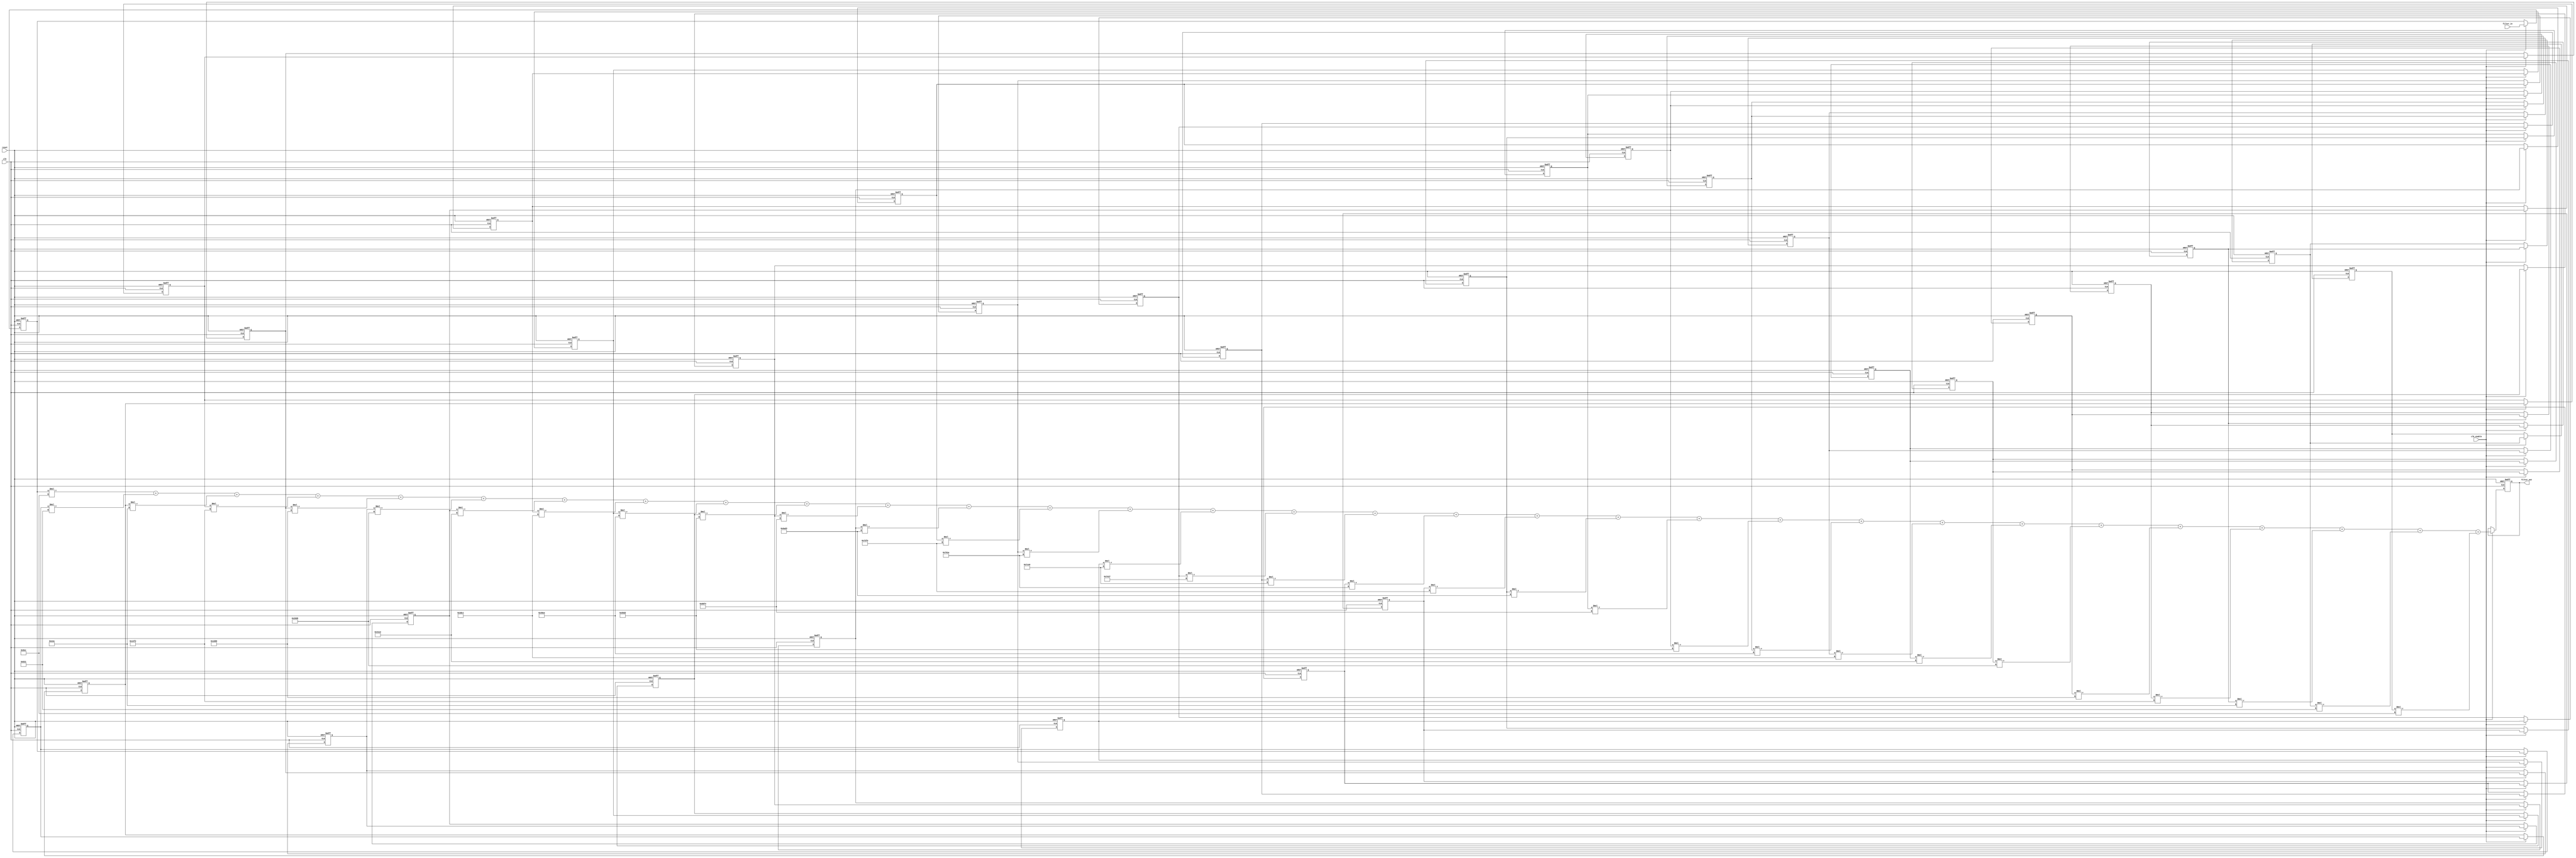
// -------------------------------------------------------------
//
// Module: filter_3k4
// Generated by MATLAB(R) 9.7 and Filter Design HDL Coder 3.1.6.
// Generated on: 2021-11-14 23:47:53
// -------------------------------------------------------------

// -------------------------------------------------------------
// HDL Code Generation Options:
//
// TargetDirectory: E:\AM_PROJECT\gw2ademod\gw2aDEMOD\filter
// Name: filter_3k4
// TargetLanguage: Verilog
// TestBenchStimulus: impulse step ramp chirp noise 
// GenerateHDLTestBench: off

// -------------------------------------------------------------
// HDL Implementation    : Fully parallel
// Folding Factor        : 1
// -------------------------------------------------------------
// Filter Settings:
//
// Discrete-Time FIR Filter (real)
// -------------------------------
// Filter Structure  : Direct-Form FIR
// Filter Length     : 31
// Stable            : Yes
// Linear Phase      : Yes (Type 1)
// Arithmetic        : fixed
// Numerator         : s16,19 -> [-6.250000e-02 6.250000e-02)
// Input             : s12,11 -> [-1 1)
// Filter Internals  : Full Precision
//   Output          : s32,30 -> [-2 2)  (auto determined)
//   Product         : s27,30 -> [-6.250000e-02 6.250000e-02)  (auto determined)
//   Accumulator     : s32,30 -> [-2 2)  (auto determined)
//   Round Mode      : No rounding
//   Overflow Mode   : No overflow
// -------------------------------------------------------------




`timescale 1 ns / 1 ns

module filter_3k4
               (
                clk,
                clk_enable,
                reset,
                filter_in,
                filter_out
                );

  input   clk; 
  input   clk_enable; 
  input   reset; 
  input   signed [11:0] filter_in; //sfix12_En11
  output  signed [31:0] filter_out; //sfix32_En30

////////////////////////////////////////////////////////////////
//Module Architecture: filter_3k4
////////////////////////////////////////////////////////////////
  // Local Functions
  // Type Definitions
  // Constants
  parameter signed [15:0] coeff1 = 16'b0000100111101100; //sfix16_En19
  parameter signed [15:0] coeff2 = 16'b0000101100110001; //sfix16_En19
  parameter signed [15:0] coeff3 = 16'b0000111011101010; //sfix16_En19
  parameter signed [15:0] coeff4 = 16'b0001010011110010; //sfix16_En19
  parameter signed [15:0] coeff5 = 16'b0001110100000110; //sfix16_En19
  parameter signed [15:0] coeff6 = 16'b0010011011010000; //sfix16_En19
  parameter signed [15:0] coeff7 = 16'b0011000111100010; //sfix16_En19
  parameter signed [15:0] coeff8 = 16'b0011110111000001; //sfix16_En19
  parameter signed [15:0] coeff9 = 16'b0100100111101010; //sfix16_En19
  parameter signed [15:0] coeff10 = 16'b0101010111010010; //sfix16_En19
  parameter signed [15:0] coeff11 = 16'b0110000011110100; //sfix16_En19
  parameter signed [15:0] coeff12 = 16'b0110101011010011; //sfix16_En19
  parameter signed [15:0] coeff13 = 16'b0111001011111110; //sfix16_En19
  parameter signed [15:0] coeff14 = 16'b0111100100011010; //sfix16_En19
  parameter signed [15:0] coeff15 = 16'b0111110011100000; //sfix16_En19
  parameter signed [15:0] coeff16 = 16'b0111111000100111; //sfix16_En19
  parameter signed [15:0] coeff17 = 16'b0111110011100000; //sfix16_En19
  parameter signed [15:0] coeff18 = 16'b0111100100011010; //sfix16_En19
  parameter signed [15:0] coeff19 = 16'b0111001011111110; //sfix16_En19
  parameter signed [15:0] coeff20 = 16'b0110101011010011; //sfix16_En19
  parameter signed [15:0] coeff21 = 16'b0110000011110100; //sfix16_En19
  parameter signed [15:0] coeff22 = 16'b0101010111010010; //sfix16_En19
  parameter signed [15:0] coeff23 = 16'b0100100111101010; //sfix16_En19
  parameter signed [15:0] coeff24 = 16'b0011110111000001; //sfix16_En19
  parameter signed [15:0] coeff25 = 16'b0011000111100010; //sfix16_En19
  parameter signed [15:0] coeff26 = 16'b0010011011010000; //sfix16_En19
  parameter signed [15:0] coeff27 = 16'b0001110100000110; //sfix16_En19
  parameter signed [15:0] coeff28 = 16'b0001010011110010; //sfix16_En19
  parameter signed [15:0] coeff29 = 16'b0000111011101010; //sfix16_En19
  parameter signed [15:0] coeff30 = 16'b0000101100110001; //sfix16_En19
  parameter signed [15:0] coeff31 = 16'b0000100111101100; //sfix16_En19

  // Signals
  reg  signed [11:0] delay_pipeline [0:30] ; // sfix12_En11
  wire signed [26:0] product31; // sfix27_En30
  wire signed [27:0] mul_temp; // sfix28_En30
  wire signed [26:0] product30; // sfix27_En30
  wire signed [27:0] mul_temp_1; // sfix28_En30
  wire signed [26:0] product29; // sfix27_En30
  wire signed [27:0] mul_temp_2; // sfix28_En30
  wire signed [26:0] product28; // sfix27_En30
  wire signed [27:0] mul_temp_3; // sfix28_En30
  wire signed [26:0] product27; // sfix27_En30
  wire signed [27:0] mul_temp_4; // sfix28_En30
  wire signed [26:0] product26; // sfix27_En30
  wire signed [27:0] mul_temp_5; // sfix28_En30
  wire signed [26:0] product25; // sfix27_En30
  wire signed [27:0] mul_temp_6; // sfix28_En30
  wire signed [26:0] product24; // sfix27_En30
  wire signed [27:0] mul_temp_7; // sfix28_En30
  wire signed [26:0] product23; // sfix27_En30
  wire signed [27:0] mul_temp_8; // sfix28_En30
  wire signed [26:0] product22; // sfix27_En30
  wire signed [27:0] mul_temp_9; // sfix28_En30
  wire signed [26:0] product21; // sfix27_En30
  wire signed [27:0] mul_temp_10; // sfix28_En30
  wire signed [26:0] product20; // sfix27_En30
  wire signed [27:0] mul_temp_11; // sfix28_En30
  wire signed [26:0] product19; // sfix27_En30
  wire signed [27:0] mul_temp_12; // sfix28_En30
  wire signed [26:0] product18; // sfix27_En30
  wire signed [27:0] mul_temp_13; // sfix28_En30
  wire signed [26:0] product17; // sfix27_En30
  wire signed [27:0] mul_temp_14; // sfix28_En30
  wire signed [26:0] product16; // sfix27_En30
  wire signed [27:0] mul_temp_15; // sfix28_En30
  wire signed [26:0] product15; // sfix27_En30
  wire signed [27:0] mul_temp_16; // sfix28_En30
  wire signed [26:0] product14; // sfix27_En30
  wire signed [27:0] mul_temp_17; // sfix28_En30
  wire signed [26:0] product13; // sfix27_En30
  wire signed [27:0] mul_temp_18; // sfix28_En30
  wire signed [26:0] product12; // sfix27_En30
  wire signed [27:0] mul_temp_19; // sfix28_En30
  wire signed [26:0] product11; // sfix27_En30
  wire signed [27:0] mul_temp_20; // sfix28_En30
  wire signed [26:0] product10; // sfix27_En30
  wire signed [27:0] mul_temp_21; // sfix28_En30
  wire signed [26:0] product9; // sfix27_En30
  wire signed [27:0] mul_temp_22; // sfix28_En30
  wire signed [26:0] product8; // sfix27_En30
  wire signed [27:0] mul_temp_23; // sfix28_En30
  wire signed [26:0] product7; // sfix27_En30
  wire signed [27:0] mul_temp_24; // sfix28_En30
  wire signed [26:0] product6; // sfix27_En30
  wire signed [27:0] mul_temp_25; // sfix28_En30
  wire signed [26:0] product5; // sfix27_En30
  wire signed [27:0] mul_temp_26; // sfix28_En30
  wire signed [26:0] product4; // sfix27_En30
  wire signed [27:0] mul_temp_27; // sfix28_En30
  wire signed [26:0] product3; // sfix27_En30
  wire signed [27:0] mul_temp_28; // sfix28_En30
  wire signed [26:0] product2; // sfix27_En30
  wire signed [27:0] mul_temp_29; // sfix28_En30
  wire signed [31:0] product1_cast; // sfix32_En30
  wire signed [26:0] product1; // sfix27_En30
  wire signed [27:0] mul_temp_30; // sfix28_En30
  wire signed [31:0] sum1; // sfix32_En30
  wire signed [31:0] add_signext; // sfix32_En30
  wire signed [31:0] add_signext_1; // sfix32_En30
  wire signed [32:0] add_temp; // sfix33_En30
  wire signed [31:0] sum2; // sfix32_En30
  wire signed [31:0] add_signext_2; // sfix32_En30
  wire signed [31:0] add_signext_3; // sfix32_En30
  wire signed [32:0] add_temp_1; // sfix33_En30
  wire signed [31:0] sum3; // sfix32_En30
  wire signed [31:0] add_signext_4; // sfix32_En30
  wire signed [31:0] add_signext_5; // sfix32_En30
  wire signed [32:0] add_temp_2; // sfix33_En30
  wire signed [31:0] sum4; // sfix32_En30
  wire signed [31:0] add_signext_6; // sfix32_En30
  wire signed [31:0] add_signext_7; // sfix32_En30
  wire signed [32:0] add_temp_3; // sfix33_En30
  wire signed [31:0] sum5; // sfix32_En30
  wire signed [31:0] add_signext_8; // sfix32_En30
  wire signed [31:0] add_signext_9; // sfix32_En30
  wire signed [32:0] add_temp_4; // sfix33_En30
  wire signed [31:0] sum6; // sfix32_En30
  wire signed [31:0] add_signext_10; // sfix32_En30
  wire signed [31:0] add_signext_11; // sfix32_En30
  wire signed [32:0] add_temp_5; // sfix33_En30
  wire signed [31:0] sum7; // sfix32_En30
  wire signed [31:0] add_signext_12; // sfix32_En30
  wire signed [31:0] add_signext_13; // sfix32_En30
  wire signed [32:0] add_temp_6; // sfix33_En30
  wire signed [31:0] sum8; // sfix32_En30
  wire signed [31:0] add_signext_14; // sfix32_En30
  wire signed [31:0] add_signext_15; // sfix32_En30
  wire signed [32:0] add_temp_7; // sfix33_En30
  wire signed [31:0] sum9; // sfix32_En30
  wire signed [31:0] add_signext_16; // sfix32_En30
  wire signed [31:0] add_signext_17; // sfix32_En30
  wire signed [32:0] add_temp_8; // sfix33_En30
  wire signed [31:0] sum10; // sfix32_En30
  wire signed [31:0] add_signext_18; // sfix32_En30
  wire signed [31:0] add_signext_19; // sfix32_En30
  wire signed [32:0] add_temp_9; // sfix33_En30
  wire signed [31:0] sum11; // sfix32_En30
  wire signed [31:0] add_signext_20; // sfix32_En30
  wire signed [31:0] add_signext_21; // sfix32_En30
  wire signed [32:0] add_temp_10; // sfix33_En30
  wire signed [31:0] sum12; // sfix32_En30
  wire signed [31:0] add_signext_22; // sfix32_En30
  wire signed [31:0] add_signext_23; // sfix32_En30
  wire signed [32:0] add_temp_11; // sfix33_En30
  wire signed [31:0] sum13; // sfix32_En30
  wire signed [31:0] add_signext_24; // sfix32_En30
  wire signed [31:0] add_signext_25; // sfix32_En30
  wire signed [32:0] add_temp_12; // sfix33_En30
  wire signed [31:0] sum14; // sfix32_En30
  wire signed [31:0] add_signext_26; // sfix32_En30
  wire signed [31:0] add_signext_27; // sfix32_En30
  wire signed [32:0] add_temp_13; // sfix33_En30
  wire signed [31:0] sum15; // sfix32_En30
  wire signed [31:0] add_signext_28; // sfix32_En30
  wire signed [31:0] add_signext_29; // sfix32_En30
  wire signed [32:0] add_temp_14; // sfix33_En30
  wire signed [31:0] sum16; // sfix32_En30
  wire signed [31:0] add_signext_30; // sfix32_En30
  wire signed [31:0] add_signext_31; // sfix32_En30
  wire signed [32:0] add_temp_15; // sfix33_En30
  wire signed [31:0] sum17; // sfix32_En30
  wire signed [31:0] add_signext_32; // sfix32_En30
  wire signed [31:0] add_signext_33; // sfix32_En30
  wire signed [32:0] add_temp_16; // sfix33_En30
  wire signed [31:0] sum18; // sfix32_En30
  wire signed [31:0] add_signext_34; // sfix32_En30
  wire signed [31:0] add_signext_35; // sfix32_En30
  wire signed [32:0] add_temp_17; // sfix33_En30
  wire signed [31:0] sum19; // sfix32_En30
  wire signed [31:0] add_signext_36; // sfix32_En30
  wire signed [31:0] add_signext_37; // sfix32_En30
  wire signed [32:0] add_temp_18; // sfix33_En30
  wire signed [31:0] sum20; // sfix32_En30
  wire signed [31:0] add_signext_38; // sfix32_En30
  wire signed [31:0] add_signext_39; // sfix32_En30
  wire signed [32:0] add_temp_19; // sfix33_En30
  wire signed [31:0] sum21; // sfix32_En30
  wire signed [31:0] add_signext_40; // sfix32_En30
  wire signed [31:0] add_signext_41; // sfix32_En30
  wire signed [32:0] add_temp_20; // sfix33_En30
  wire signed [31:0] sum22; // sfix32_En30
  wire signed [31:0] add_signext_42; // sfix32_En30
  wire signed [31:0] add_signext_43; // sfix32_En30
  wire signed [32:0] add_temp_21; // sfix33_En30
  wire signed [31:0] sum23; // sfix32_En30
  wire signed [31:0] add_signext_44; // sfix32_En30
  wire signed [31:0] add_signext_45; // sfix32_En30
  wire signed [32:0] add_temp_22; // sfix33_En30
  wire signed [31:0] sum24; // sfix32_En30
  wire signed [31:0] add_signext_46; // sfix32_En30
  wire signed [31:0] add_signext_47; // sfix32_En30
  wire signed [32:0] add_temp_23; // sfix33_En30
  wire signed [31:0] sum25; // sfix32_En30
  wire signed [31:0] add_signext_48; // sfix32_En30
  wire signed [31:0] add_signext_49; // sfix32_En30
  wire signed [32:0] add_temp_24; // sfix33_En30
  wire signed [31:0] sum26; // sfix32_En30
  wire signed [31:0] add_signext_50; // sfix32_En30
  wire signed [31:0] add_signext_51; // sfix32_En30
  wire signed [32:0] add_temp_25; // sfix33_En30
  wire signed [31:0] sum27; // sfix32_En30
  wire signed [31:0] add_signext_52; // sfix32_En30
  wire signed [31:0] add_signext_53; // sfix32_En30
  wire signed [32:0] add_temp_26; // sfix33_En30
  wire signed [31:0] sum28; // sfix32_En30
  wire signed [31:0] add_signext_54; // sfix32_En30
  wire signed [31:0] add_signext_55; // sfix32_En30
  wire signed [32:0] add_temp_27; // sfix33_En30
  wire signed [31:0] sum29; // sfix32_En30
  wire signed [31:0] add_signext_56; // sfix32_En30
  wire signed [31:0] add_signext_57; // sfix32_En30
  wire signed [32:0] add_temp_28; // sfix33_En30
  wire signed [31:0] sum30; // sfix32_En30
  wire signed [31:0] add_signext_58; // sfix32_En30
  wire signed [31:0] add_signext_59; // sfix32_En30
  wire signed [32:0] add_temp_29; // sfix33_En30
  reg  signed [31:0] output_register; // sfix32_En30

  // Block Statements
  always @( posedge clk or posedge reset)
    begin: Delay_Pipeline_process
      if (reset == 1'b1) begin
        delay_pipeline[0] <= 0;
        delay_pipeline[1] <= 0;
        delay_pipeline[2] <= 0;
        delay_pipeline[3] <= 0;
        delay_pipeline[4] <= 0;
        delay_pipeline[5] <= 0;
        delay_pipeline[6] <= 0;
        delay_pipeline[7] <= 0;
        delay_pipeline[8] <= 0;
        delay_pipeline[9] <= 0;
        delay_pipeline[10] <= 0;
        delay_pipeline[11] <= 0;
        delay_pipeline[12] <= 0;
        delay_pipeline[13] <= 0;
        delay_pipeline[14] <= 0;
        delay_pipeline[15] <= 0;
        delay_pipeline[16] <= 0;
        delay_pipeline[17] <= 0;
        delay_pipeline[18] <= 0;
        delay_pipeline[19] <= 0;
        delay_pipeline[20] <= 0;
        delay_pipeline[21] <= 0;
        delay_pipeline[22] <= 0;
        delay_pipeline[23] <= 0;
        delay_pipeline[24] <= 0;
        delay_pipeline[25] <= 0;
        delay_pipeline[26] <= 0;
        delay_pipeline[27] <= 0;
        delay_pipeline[28] <= 0;
        delay_pipeline[29] <= 0;
        delay_pipeline[30] <= 0;
      end
      else begin
        if (clk_enable == 1'b1) begin
          delay_pipeline[0] <= filter_in;
          delay_pipeline[1] <= delay_pipeline[0];
          delay_pipeline[2] <= delay_pipeline[1];
          delay_pipeline[3] <= delay_pipeline[2];
          delay_pipeline[4] <= delay_pipeline[3];
          delay_pipeline[5] <= delay_pipeline[4];
          delay_pipeline[6] <= delay_pipeline[5];
          delay_pipeline[7] <= delay_pipeline[6];
          delay_pipeline[8] <= delay_pipeline[7];
          delay_pipeline[9] <= delay_pipeline[8];
          delay_pipeline[10] <= delay_pipeline[9];
          delay_pipeline[11] <= delay_pipeline[10];
          delay_pipeline[12] <= delay_pipeline[11];
          delay_pipeline[13] <= delay_pipeline[12];
          delay_pipeline[14] <= delay_pipeline[13];
          delay_pipeline[15] <= delay_pipeline[14];
          delay_pipeline[16] <= delay_pipeline[15];
          delay_pipeline[17] <= delay_pipeline[16];
          delay_pipeline[18] <= delay_pipeline[17];
          delay_pipeline[19] <= delay_pipeline[18];
          delay_pipeline[20] <= delay_pipeline[19];
          delay_pipeline[21] <= delay_pipeline[20];
          delay_pipeline[22] <= delay_pipeline[21];
          delay_pipeline[23] <= delay_pipeline[22];
          delay_pipeline[24] <= delay_pipeline[23];
          delay_pipeline[25] <= delay_pipeline[24];
          delay_pipeline[26] <= delay_pipeline[25];
          delay_pipeline[27] <= delay_pipeline[26];
          delay_pipeline[28] <= delay_pipeline[27];
          delay_pipeline[29] <= delay_pipeline[28];
          delay_pipeline[30] <= delay_pipeline[29];
        end
      end
    end // Delay_Pipeline_process


  assign mul_temp = delay_pipeline[30] * coeff31;
  assign product31 = mul_temp[26:0];

  assign mul_temp_1 = delay_pipeline[29] * coeff30;
  assign product30 = mul_temp_1[26:0];

  assign mul_temp_2 = delay_pipeline[28] * coeff29;
  assign product29 = mul_temp_2[26:0];

  assign mul_temp_3 = delay_pipeline[27] * coeff28;
  assign product28 = mul_temp_3[26:0];

  assign mul_temp_4 = delay_pipeline[26] * coeff27;
  assign product27 = mul_temp_4[26:0];

  assign mul_temp_5 = delay_pipeline[25] * coeff26;
  assign product26 = mul_temp_5[26:0];

  assign mul_temp_6 = delay_pipeline[24] * coeff25;
  assign product25 = mul_temp_6[26:0];

  assign mul_temp_7 = delay_pipeline[23] * coeff24;
  assign product24 = mul_temp_7[26:0];

  assign mul_temp_8 = delay_pipeline[22] * coeff23;
  assign product23 = mul_temp_8[26:0];

  assign mul_temp_9 = delay_pipeline[21] * coeff22;
  assign product22 = mul_temp_9[26:0];

  assign mul_temp_10 = delay_pipeline[20] * coeff21;
  assign product21 = mul_temp_10[26:0];

  assign mul_temp_11 = delay_pipeline[19] * coeff20;
  assign product20 = mul_temp_11[26:0];

  assign mul_temp_12 = delay_pipeline[18] * coeff19;
  assign product19 = mul_temp_12[26:0];

  assign mul_temp_13 = delay_pipeline[17] * coeff18;
  assign product18 = mul_temp_13[26:0];

  assign mul_temp_14 = delay_pipeline[16] * coeff17;
  assign product17 = mul_temp_14[26:0];

  assign mul_temp_15 = delay_pipeline[15] * coeff16;
  assign product16 = mul_temp_15[26:0];

  assign mul_temp_16 = delay_pipeline[14] * coeff15;
  assign product15 = mul_temp_16[26:0];

  assign mul_temp_17 = delay_pipeline[13] * coeff14;
  assign product14 = mul_temp_17[26:0];

  assign mul_temp_18 = delay_pipeline[12] * coeff13;
  assign product13 = mul_temp_18[26:0];

  assign mul_temp_19 = delay_pipeline[11] * coeff12;
  assign product12 = mul_temp_19[26:0];

  assign mul_temp_20 = delay_pipeline[10] * coeff11;
  assign product11 = mul_temp_20[26:0];

  assign mul_temp_21 = delay_pipeline[9] * coeff10;
  assign product10 = mul_temp_21[26:0];

  assign mul_temp_22 = delay_pipeline[8] * coeff9;
  assign product9 = mul_temp_22[26:0];

  assign mul_temp_23 = delay_pipeline[7] * coeff8;
  assign product8 = mul_temp_23[26:0];

  assign mul_temp_24 = delay_pipeline[6] * coeff7;
  assign product7 = mul_temp_24[26:0];

  assign mul_temp_25 = delay_pipeline[5] * coeff6;
  assign product6 = mul_temp_25[26:0];

  assign mul_temp_26 = delay_pipeline[4] * coeff5;
  assign product5 = mul_temp_26[26:0];

  assign mul_temp_27 = delay_pipeline[3] * coeff4;
  assign product4 = mul_temp_27[26:0];

  assign mul_temp_28 = delay_pipeline[2] * coeff3;
  assign product3 = mul_temp_28[26:0];

  assign mul_temp_29 = delay_pipeline[1] * coeff2;
  assign product2 = mul_temp_29[26:0];

  assign product1_cast = $signed({{5{product1[26]}}, product1});

  assign mul_temp_30 = delay_pipeline[0] * coeff1;
  assign product1 = mul_temp_30[26:0];

  assign add_signext = product1_cast;
  assign add_signext_1 = $signed({{5{product2[26]}}, product2});
  assign add_temp = add_signext + add_signext_1;
  assign sum1 = add_temp[31:0];

  assign add_signext_2 = sum1;
  assign add_signext_3 = $signed({{5{product3[26]}}, product3});
  assign add_temp_1 = add_signext_2 + add_signext_3;
  assign sum2 = add_temp_1[31:0];

  assign add_signext_4 = sum2;
  assign add_signext_5 = $signed({{5{product4[26]}}, product4});
  assign add_temp_2 = add_signext_4 + add_signext_5;
  assign sum3 = add_temp_2[31:0];

  assign add_signext_6 = sum3;
  assign add_signext_7 = $signed({{5{product5[26]}}, product5});
  assign add_temp_3 = add_signext_6 + add_signext_7;
  assign sum4 = add_temp_3[31:0];

  assign add_signext_8 = sum4;
  assign add_signext_9 = $signed({{5{product6[26]}}, product6});
  assign add_temp_4 = add_signext_8 + add_signext_9;
  assign sum5 = add_temp_4[31:0];

  assign add_signext_10 = sum5;
  assign add_signext_11 = $signed({{5{product7[26]}}, product7});
  assign add_temp_5 = add_signext_10 + add_signext_11;
  assign sum6 = add_temp_5[31:0];

  assign add_signext_12 = sum6;
  assign add_signext_13 = $signed({{5{product8[26]}}, product8});
  assign add_temp_6 = add_signext_12 + add_signext_13;
  assign sum7 = add_temp_6[31:0];

  assign add_signext_14 = sum7;
  assign add_signext_15 = $signed({{5{product9[26]}}, product9});
  assign add_temp_7 = add_signext_14 + add_signext_15;
  assign sum8 = add_temp_7[31:0];

  assign add_signext_16 = sum8;
  assign add_signext_17 = $signed({{5{product10[26]}}, product10});
  assign add_temp_8 = add_signext_16 + add_signext_17;
  assign sum9 = add_temp_8[31:0];

  assign add_signext_18 = sum9;
  assign add_signext_19 = $signed({{5{product11[26]}}, product11});
  assign add_temp_9 = add_signext_18 + add_signext_19;
  assign sum10 = add_temp_9[31:0];

  assign add_signext_20 = sum10;
  assign add_signext_21 = $signed({{5{product12[26]}}, product12});
  assign add_temp_10 = add_signext_20 + add_signext_21;
  assign sum11 = add_temp_10[31:0];

  assign add_signext_22 = sum11;
  assign add_signext_23 = $signed({{5{product13[26]}}, product13});
  assign add_temp_11 = add_signext_22 + add_signext_23;
  assign sum12 = add_temp_11[31:0];

  assign add_signext_24 = sum12;
  assign add_signext_25 = $signed({{5{product14[26]}}, product14});
  assign add_temp_12 = add_signext_24 + add_signext_25;
  assign sum13 = add_temp_12[31:0];

  assign add_signext_26 = sum13;
  assign add_signext_27 = $signed({{5{product15[26]}}, product15});
  assign add_temp_13 = add_signext_26 + add_signext_27;
  assign sum14 = add_temp_13[31:0];

  assign add_signext_28 = sum14;
  assign add_signext_29 = $signed({{5{product16[26]}}, product16});
  assign add_temp_14 = add_signext_28 + add_signext_29;
  assign sum15 = add_temp_14[31:0];

  assign add_signext_30 = sum15;
  assign add_signext_31 = $signed({{5{product17[26]}}, product17});
  assign add_temp_15 = add_signext_30 + add_signext_31;
  assign sum16 = add_temp_15[31:0];

  assign add_signext_32 = sum16;
  assign add_signext_33 = $signed({{5{product18[26]}}, product18});
  assign add_temp_16 = add_signext_32 + add_signext_33;
  assign sum17 = add_temp_16[31:0];

  assign add_signext_34 = sum17;
  assign add_signext_35 = $signed({{5{product19[26]}}, product19});
  assign add_temp_17 = add_signext_34 + add_signext_35;
  assign sum18 = add_temp_17[31:0];

  assign add_signext_36 = sum18;
  assign add_signext_37 = $signed({{5{product20[26]}}, product20});
  assign add_temp_18 = add_signext_36 + add_signext_37;
  assign sum19 = add_temp_18[31:0];

  assign add_signext_38 = sum19;
  assign add_signext_39 = $signed({{5{product21[26]}}, product21});
  assign add_temp_19 = add_signext_38 + add_signext_39;
  assign sum20 = add_temp_19[31:0];

  assign add_signext_40 = sum20;
  assign add_signext_41 = $signed({{5{product22[26]}}, product22});
  assign add_temp_20 = add_signext_40 + add_signext_41;
  assign sum21 = add_temp_20[31:0];

  assign add_signext_42 = sum21;
  assign add_signext_43 = $signed({{5{product23[26]}}, product23});
  assign add_temp_21 = add_signext_42 + add_signext_43;
  assign sum22 = add_temp_21[31:0];

  assign add_signext_44 = sum22;
  assign add_signext_45 = $signed({{5{product24[26]}}, product24});
  assign add_temp_22 = add_signext_44 + add_signext_45;
  assign sum23 = add_temp_22[31:0];

  assign add_signext_46 = sum23;
  assign add_signext_47 = $signed({{5{product25[26]}}, product25});
  assign add_temp_23 = add_signext_46 + add_signext_47;
  assign sum24 = add_temp_23[31:0];

  assign add_signext_48 = sum24;
  assign add_signext_49 = $signed({{5{product26[26]}}, product26});
  assign add_temp_24 = add_signext_48 + add_signext_49;
  assign sum25 = add_temp_24[31:0];

  assign add_signext_50 = sum25;
  assign add_signext_51 = $signed({{5{product27[26]}}, product27});
  assign add_temp_25 = add_signext_50 + add_signext_51;
  assign sum26 = add_temp_25[31:0];

  assign add_signext_52 = sum26;
  assign add_signext_53 = $signed({{5{product28[26]}}, product28});
  assign add_temp_26 = add_signext_52 + add_signext_53;
  assign sum27 = add_temp_26[31:0];

  assign add_signext_54 = sum27;
  assign add_signext_55 = $signed({{5{product29[26]}}, product29});
  assign add_temp_27 = add_signext_54 + add_signext_55;
  assign sum28 = add_temp_27[31:0];

  assign add_signext_56 = sum28;
  assign add_signext_57 = $signed({{5{product30[26]}}, product30});
  assign add_temp_28 = add_signext_56 + add_signext_57;
  assign sum29 = add_temp_28[31:0];

  assign add_signext_58 = sum29;
  assign add_signext_59 = $signed({{5{product31[26]}}, product31});
  assign add_temp_29 = add_signext_58 + add_signext_59;
  assign sum30 = add_temp_29[31:0];

  always @ (posedge clk or posedge reset)
    begin: Output_Register_process
      if (reset == 1'b1) begin
        output_register <= 0;
      end
      else begin
        if (clk_enable == 1'b1) begin
          output_register <= sum30;
        end
      end
    end // Output_Register_process

  // Assignment Statements
  assign filter_out = output_register;
endmodule  // filter_3k4